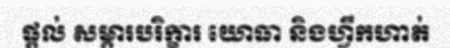
ផ្តល់ សម្ភារបរិក្ខារ យោធា និងហ្វឹកហាត់